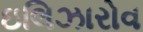
ઇલિઝારોવ